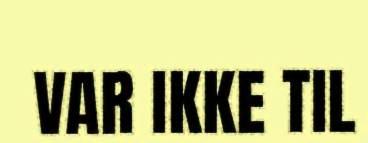
VAR IKKE TIL